Lunatic asylums in Bengal annual reports 1912-1924 - 1912-1924
Year: 1912
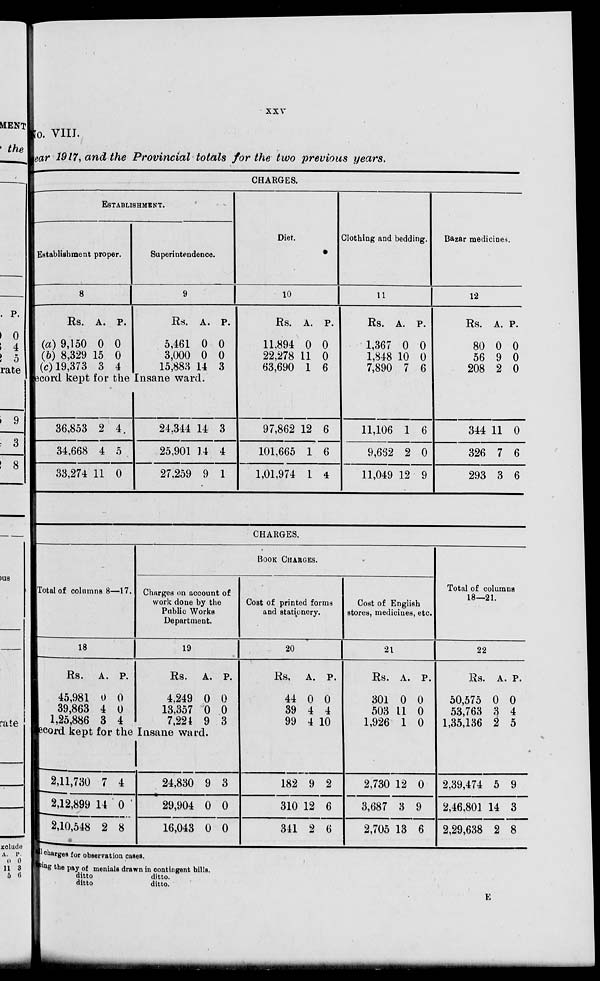
xxv
No. VIII.
year 1917, and the Provincial totals for the two previous years.
CHARGES.
ESTABLISHMENT.
Establishment proper.
8
Rs.
(a) 9,150
(b) 8,329
(c) 19,373
A.
0
15
3
P.
0
0
4
Superintendence.
9
Rs.
5,461
3,000
15,883
A.
0
0
14
P.
0
0
3
record kept for the Insane ward.
36,853
34,668
33,274
2
4
11
4.
5
0
24,344
25,901
27,259
14
14
9
3
4
1
Diet.
10
Rs.
11,894
22,278
63,690
A.
0
11
1
P.
0
0
6
97,862
101,665
1,01,974
12
1
1
6
6
4
Clothing and bedding.
11
Rs.
1,367
1,848
7,890
A.
0
10
7
P.
0
0
6
11,106
9,662
11,049
1
2
12
6
0
9
Bazar medicines.
12
Rs.
80
56
208
A.
0
9
2
P.
0
0
0
344
326
293
11
7
3
0
6
6
CHARGES.
Total of columns 8—17.
18
Rs.
45,981
39,863
1,25,886
A.
0
4
3
P.
0
0
4
BOOK CHARGES.
Charges on account of
work done by the
Public Works
Department.
19
Rs.
4,249
13,357
7,224
A.
0
0
9
P.
0
0
3
record kept for the Insane ward.
2,11,730
2,12,899
2,10,548
7
14
2
4
0
8
24,830
29,904
16,043
9
0
0
3
0
0
Cost of printed forms
and stationery.
20
Rs.
44
39
99
A.
0
4
4
P.
0
4
10
182
310
341
9
12
2
2
6
6
Cost of English
stores, medicines, etc.
21
Rs.
301
503
1,926
A.
0
11
1
P.
0
0
0
2,730
3,687
2,705
12
3
13
0
9
6
Total of columns
18—21.
22
Rs.
50,575
53,763
1,35,136
A.
0
3
2
P.
0
4
5
2,39,474
2,46,801
2,29,638
5
14
2
9
3
8
all charges for observation cases.
Showing the pay of menials drawn in contingent bills.
ditto
ditto.
ditto
ditto.
E